Second report of the anti-malarial operations at Mian Mir, 1901-1903 - Number 9
Year: 1901
Disease focus: Malaria
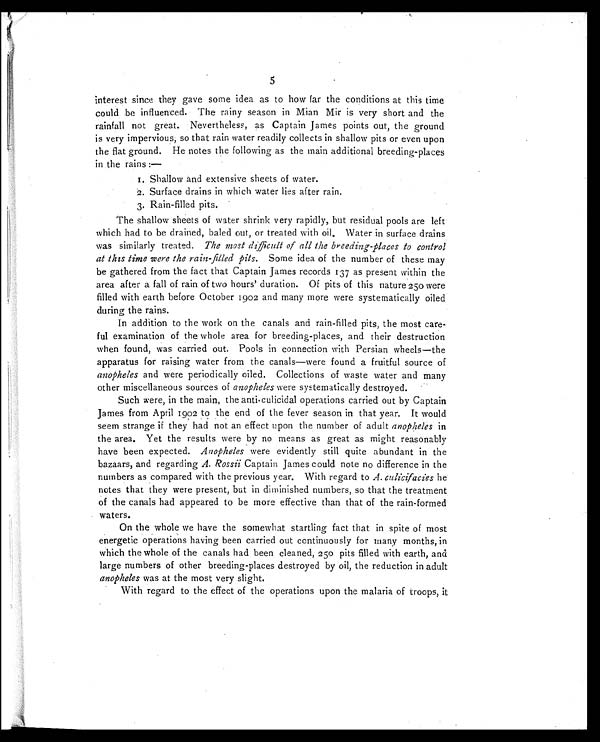
5
interest since they gave some idea as to how far the conditions at this time
could be influenced. The rainy season in Mian Mir is very short and the
rainfall not great. Nevertheless, as Captain James points out, the ground
is very impervious, so that rain water readily collects in shallow pits or even upon
the flat ground. He notes the following as the main additional breeding-places
in the rains :—
1 . S h a l l o w a n d e x t e n s i v e s h e e t s o f w a t e r .
2. Surface drains in which water lies after rain.
3. Rain-filled pits.
The shallow sheets of water shrink very rapidly, but residual pools are left
which had to be drained, baled out, or treated with oil. Water in surface drains
was similarly treated. The most difficult of all the breeding-places to control
at this time were the rain-filled pits. Some idea of the number of these may
be gathered from the fact that Captain James records 137 as present within the
area after a fall of rain of two hours' duration. Of pits of this nature 250 were
filled with earth before October 1902 and many more were systematically oiled
during the rains.
In addition to the work on the canals and rain-filled pits, the most care-
ful examination of the whole area for breeding-places, and their destruction
when found, was carried out. Pools in connection with Persian wheels—the
apparatus for raising water from the canals—were found a fruitful source of
anopheles and were periodically oiled. Collections of waste water and many
other miscellaneous sources of anopheles were systematically destroyed.
Such were, in the main, the anti-culicidal operations carried out by Captain
James from April 1902 to the end of the fever season in that year. It would
seem strange if they had not an effect upon the number of adult anopheles in
the area. Yet the results were by no means as great as might reasonably
have been expected. Anopheles were evidently still quite abundant in the
bazaars, and regarding A. Rossii Captain James could note no difference in the
numbers as compared with the previous year. With regard to A. culicifaciesh e
notes that they were present, but in diminished numbers, so that the treatment
of the canals had appeared to be more effective than that of the rain-formed
waters.
On the whole we have the somewhat startling fact that in spite of most
energetic operations having been carried out continuously for many months, in
which the whole of the canals had been cleaned, 250 pits filled with earth, and
large numbers of other breeding-places destroyed by oil, the reduction in adult
anopheles was at the most very slight.
With regard to the effect of the operations upon the malaria of troops, it